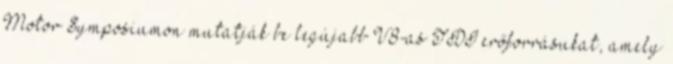
Motor Symposiumon mutatják be legújabb V8-as TDI erőforrásukat, amely